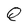
Character: Q